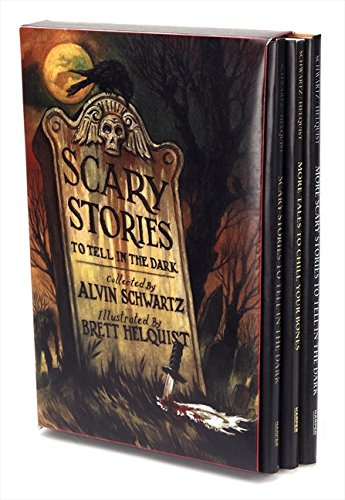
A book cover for Scary Stories Box Set: Scary Stories, More Scary Stories, and Scary Stories 3; Alvin Schwartz; Children's Books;